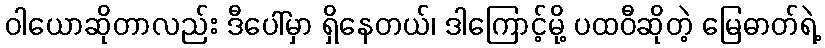
ဝါယောဆိုတာလည်း ဒီပေါ်မှာ ရှိနေတယ်၊ ဒါကြောင့်မို့ ပထဝီဆိုတဲ့ မြေဓာတ်ရဲ့